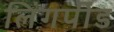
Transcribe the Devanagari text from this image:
लिंगपींड